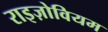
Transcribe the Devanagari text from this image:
राइज़ोवियम